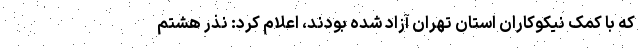
که با کمک نیکوکاران استان تهران آزاد شده بودند، اعلام کرد: نذر هشتم